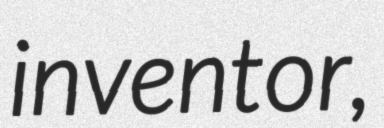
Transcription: inventor,